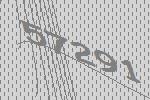
57291